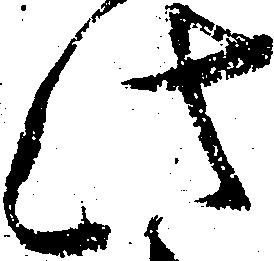
此